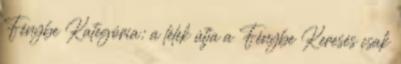
Fénybe Kategória: a lélek útja a Fénybe Keresés csak